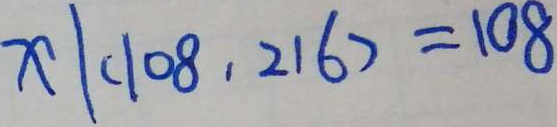
x \vert ( 1 0 8 , 2 1 6 ) = 1 0 8